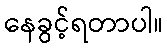
နေခွင့်ရတာပါ။